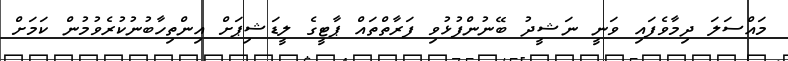
މައްސަލަ ދިމާވެފައި ވަނީ ނަޝީދު ބޭނުންފުޅުވި ފަރާތްތައް ޕާޓީގެ ލީޑަޝިޕަށް އިންތިހާބުނުކުރެވުމުން ކަމަށް